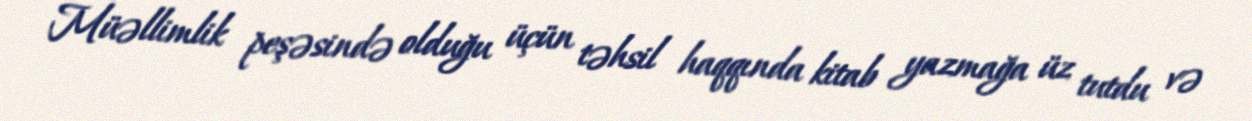
Müəllimlik peşəsində olduğu üçün təhsil haqqında kitab yazmağa üz tutdu və